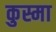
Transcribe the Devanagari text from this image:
कुस्मा